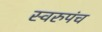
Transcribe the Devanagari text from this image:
स्वरुपंच